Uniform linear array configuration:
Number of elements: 48
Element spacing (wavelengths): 0.5
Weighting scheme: blackman
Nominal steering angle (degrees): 15
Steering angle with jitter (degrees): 15.432
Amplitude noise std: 0.05
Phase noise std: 0.05

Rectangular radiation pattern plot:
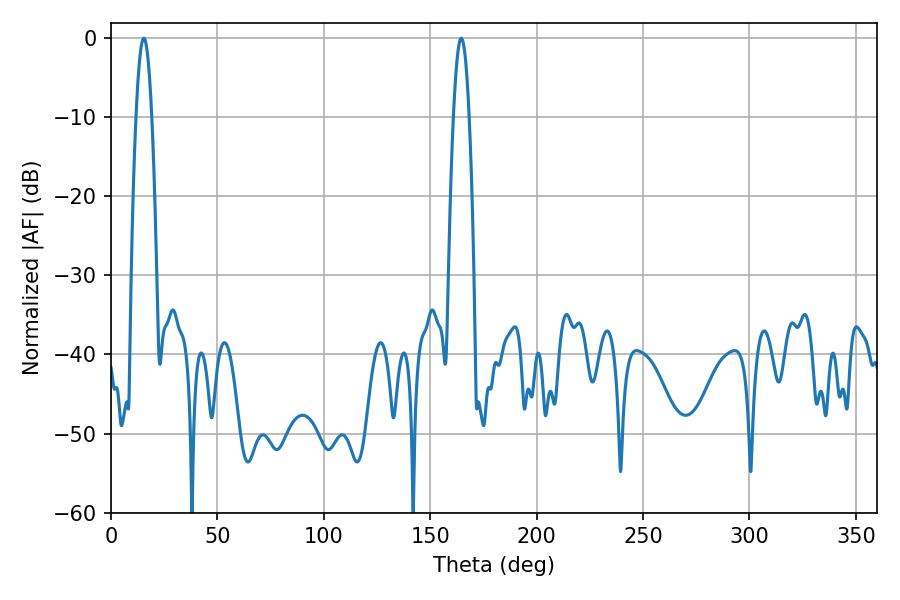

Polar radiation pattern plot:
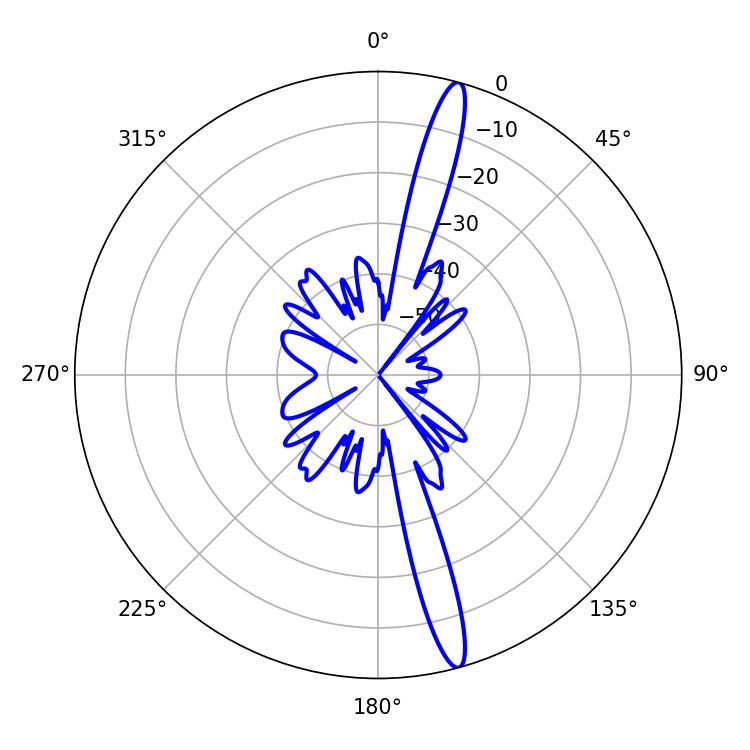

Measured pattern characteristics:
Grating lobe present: FALSE
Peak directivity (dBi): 16.904
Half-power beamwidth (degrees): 3.96
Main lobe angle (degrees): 164.52